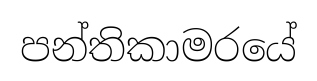
පන්තිකාමරයේ